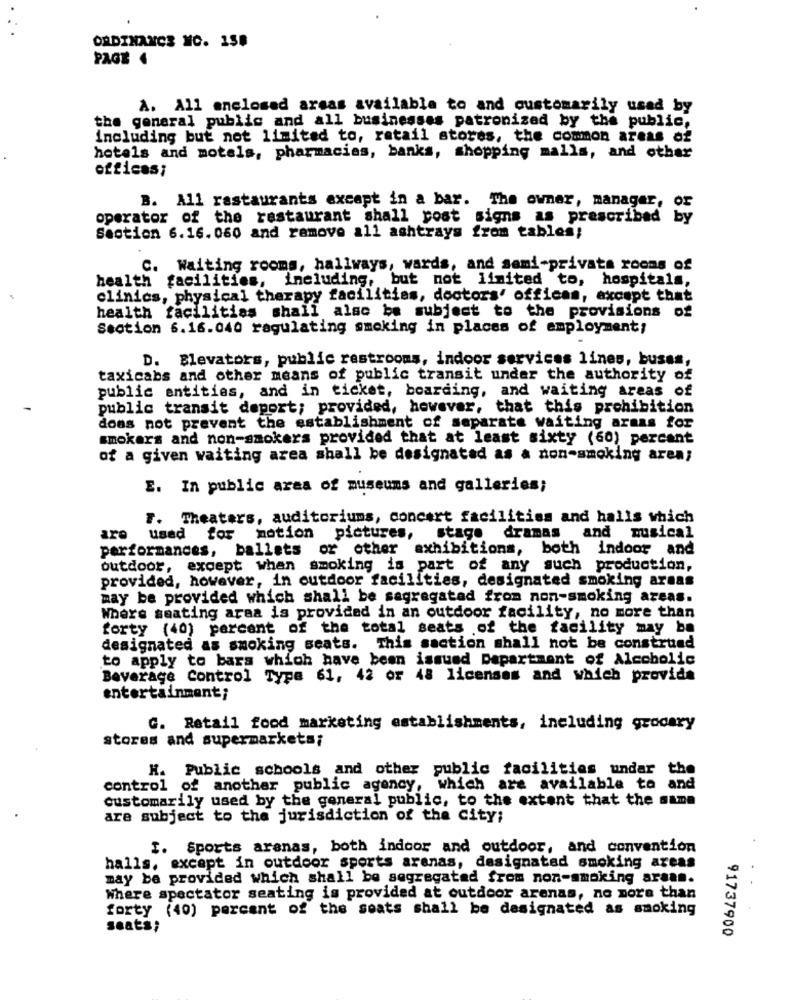
ORDINANCE MC. 158
PAGE .
A. All enclosed areas available to and customarily usad by
the general public and all businesses patronized by the public,
including but not limited to, retail stores, the common areas of
hotels and motels, pharmacies, banks, shopping malls, and other
ofticas;
B. All restaurants except in a bar. The owner, manager, or
operator of the restaurant shall post signs as prescribed by
Section 6.16. 060 and remove all ashtrays from tables;
C. Waiting rooms, hallways, wards, and semi-privata rooms of
health facilities, including, but not limited to, hospitals,
clinics, physical therapy facilities, doctors' offices, except that
health facilities shall also be subject to the provisions of
Section 6.16.040 regulating smoking in places of employment;
D. Blevators, public restrooms, indoor services lines, buses,
taxicabs and other means of public transit under the authority of
public entities, and in ticket, boarding, and waiting areas of
public transit deport; provided, however, that this prohibition
does not prevent the establishment of separate waiting armas for
smokers and non-smokers provided that at least sixty (60) percant
of a given waiting area shall be designated as a non-smoking area;
E. In public area of museums and galleries;
F. Theaters, auditoriums, concert facilities and halls which
are
used for motion
pictures,
stage dramas
and musical
performances, ballets or other
exhibitions, both indoor and
outdoor, except when smoking is part of any such production,
provided, however, in outdoor facilities, designated smoking areas
may be provided which shall be segregated from non-smoking areas.
Where seating area is provided in an outdoor facility, no more than
forty (40) percent of the total seats of the facility may be
designated as smoking seats. This section shall not be construed
to apply to bars which have been issued Department of Alcoholic
Beverage Control Type 61, 42 or 48 licenses and which provide
entertainment;
G. Retail food marketing establishments, including grocery
stores and supermarkets;
H. Public schools and other public facilities undar the
control of another public agency, which are available to and
Customarily used by the general public, to the extent that the same
are subject to the jurisdiction of the City;
I. Sports arenas, both indoor and outdoor, and convention
halls, except in outdoor sports arenas, designated smoking areas
may be provided which shall be segregatad from non-smoking araan.
Where spectator seating is provided at outdoor arenas, no more than
forty (40) percent of the seats shall be designated as smoking
seats;
91737900